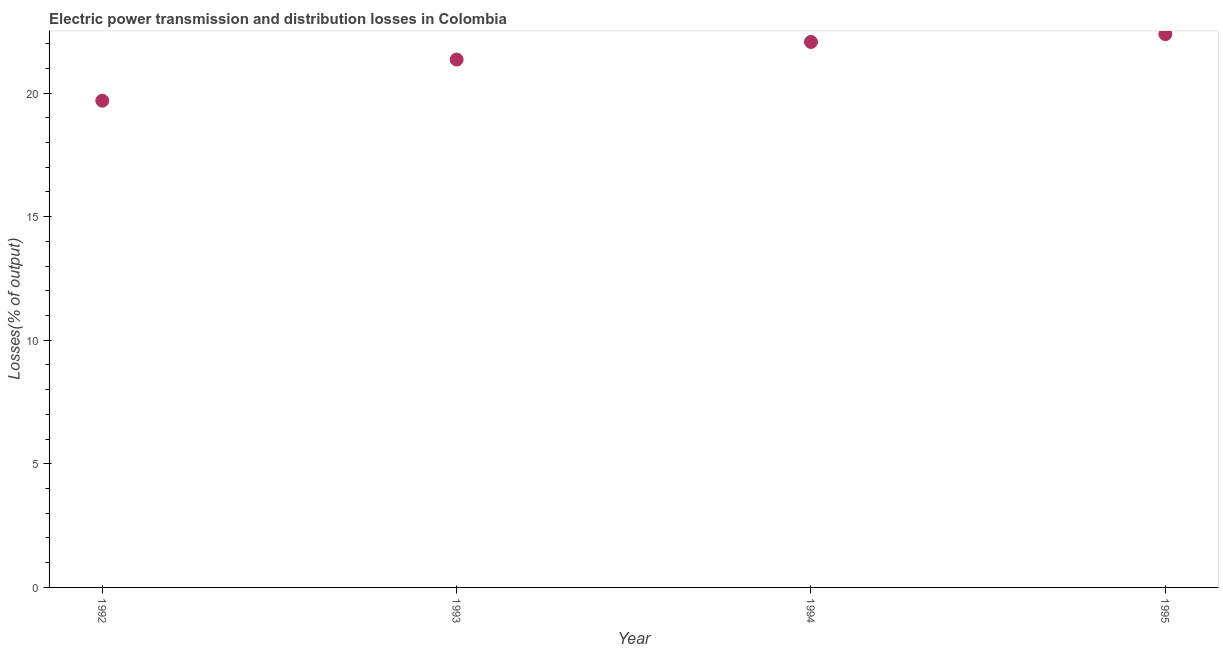
| Year | Electric power transmission and distribution losses |
 | --- | --- |
 | 1992 | 19.7 |
 | 1993 | 21.4 |
 | 1994 | 22.1 |
 | 1995 | 22.4 |